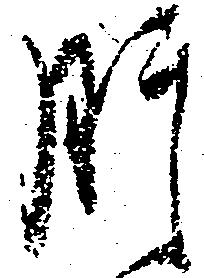
肝